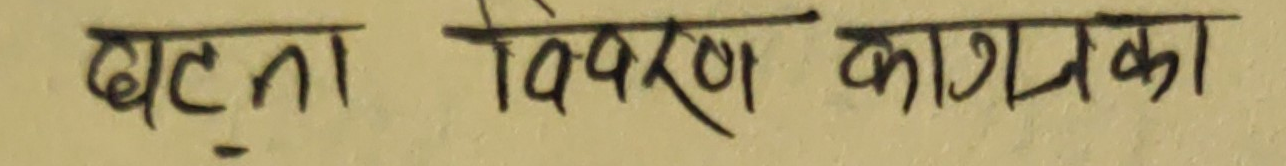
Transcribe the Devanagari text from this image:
बट्न विवरण कागजका